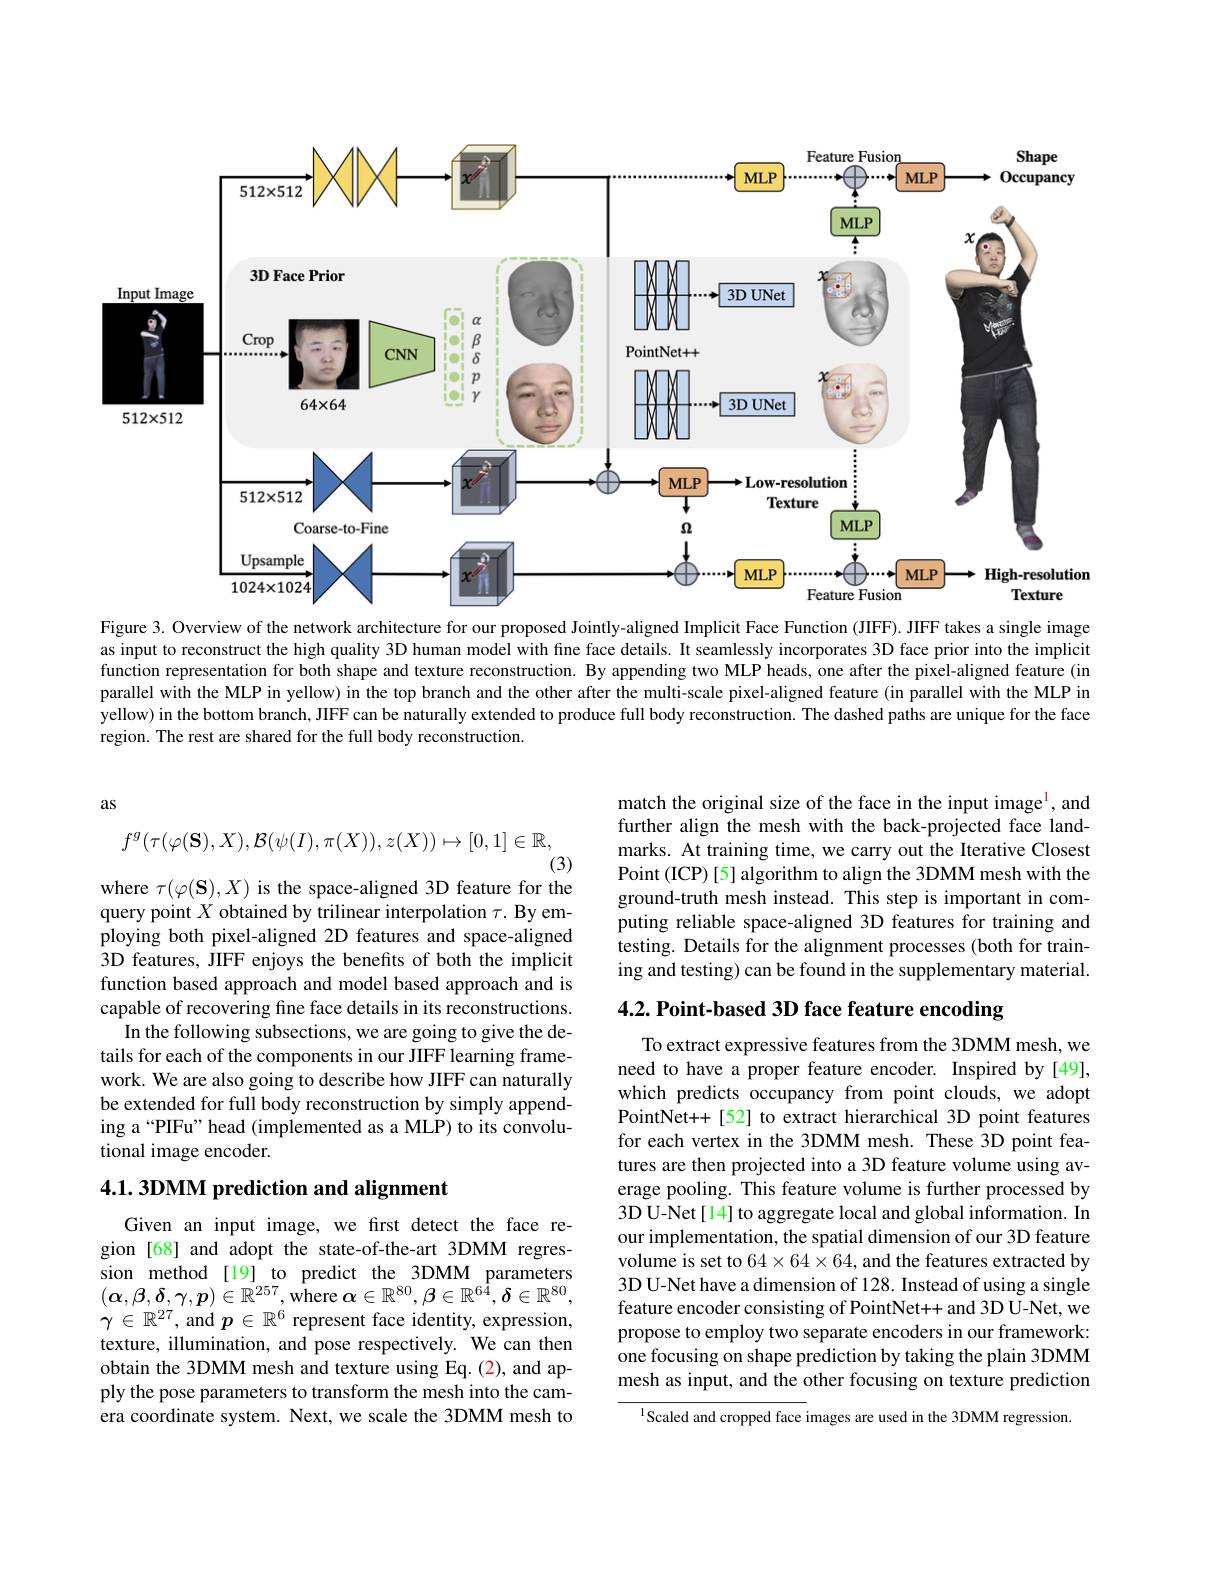
<FigureHere>
Figure 3. Overview of the network architecture for our proposed Jointly-aligned Implicit Face Function (JIFF). JIFF takes a single image

as input to reconstruct the high quality 3D human model with fine face details. It seamlessly incorporates 3D face prior into the implicit function representation for both shape and texture reconstruction. By appending two MLP heads, one after the pixel-aligned feature (in parallel with the MLP in yellow) in the top branch and the other after the multi-scale pixel-aligned feature (in parallel with the MLP in yellow) in the bottom branch, JIFF can be naturally extended to produce full body reconstruction. The dashed paths are unique for the face region. The rest are shared for the full body reconstruction

as
$$f^g(\tau(\varphi(\mathbf{S}),X),\mathcal{B}(\psi(I),\pi(X)),z(X))\mapsto[0,1]\in\mathbb{R},$$
(3)

where $\tau(\varphi(\mathbf{S}),X)$ is the space-aligned 3D feature for the

match the original size of the face in the input image$^{1}$, and further align the mesh with the back-projected face landmarks. At training time, we carry out the Iterative Closest Point (ICP) [5] algorithm to align the 3DMM mesh with the ground-truth mesh instead. This step is important in computing reliable space-aligned 3D features for training and testing. Details for the alignment processes (both for training and testing) can be found in the supplementary material.

4.2. Point-based 3D face feature encoding

query point $X$ obtained by trilinear interpolation $\tau.$ By employing both pixel-aligned 2D features and space-aligned 3D features, JIFF enjoys the benefits of both the implicit function based approach and model based approach and is capable of recovering fine face details in its reconstructions.
In the following subsections, we are going to give the details for each of the components in our JIFF learning framework. We are also going to describe how JIFF can naturally be extended for full body reconstruction by simply appending a“PIFu” head (implemented as a MLP) to its convolutional image encoder.

## 4.1.3DMM prediction and alignment

To extract expressive features from the 3DMM mesh, we need to have a proper feature encoder. Inspired by [49], which predicts occupancy from point clouds, we adopt PointNet++[52] to extract hierarchical 3D point features for each vertex in the 3DMM mesh. These 3D point features are then projected into a 3D feature volume using average pooling. This feature volume is further processed by 3D U-Net[14] to aggregate local and global information. In our implementation, the spatial dimension of our 3D feature volume is set to $64\times64\times64$, and the features extracted by 3D U-Net have a dimension of 128. Instead of using a single feature encoder consisting of PointNet++ and 3D U-Net, we propose to employ two separate encoders in our framework: one focusing on shape prediction by taking the plain 3DMM mesh as input, and the other focusing on texture prediction

Given an input image, we first detect the face region [68] and adopt the state-of-the-art 3DMM regression method [19] to predict the 3DMM parameters $(\boldsymbol{\alpha},\boldsymbol{\beta},\boldsymbol{\delta},\boldsymbol{\gamma},\boldsymbol{p})\in\mathbb{R}^{257}$,where $\boldsymbol\alpha\in\mathbb{R}^80,\boldsymbol{\beta}\in\mathbb{R}^{64},\boldsymbol{\delta}\in\mathbb{R}^{80}$, $\gamma\in\mathbb{R}^{27}$, and $p\in\mathbb{R}^6$ represent face identity, expression, texture, illumination, and pose respectively. We can then obtain the 3DMM mesh and texture using Eq. (2), and apply the pose parameters to transform the mesh into the camera coordinate system. Next, we scale the 3DMM mesh to

$^{\mathrm{l}}$Scaled and cropped face images are used in the 3DMM regression